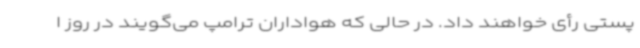
پستی رأی خواهند داد. در حالی ‌که هواداران ترامپ می‌گویند در روز ا